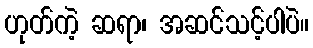
ဟုတ်ကဲ့ ဆရာ၊ အဆင်သင့်ပါပဲ။